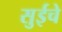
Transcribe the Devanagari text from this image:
सुईचे